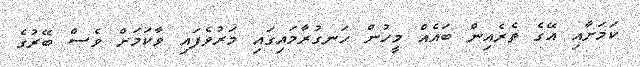
ކަމަށާއި އޭގެ ތެރެއިން ބައެއް މީހުން ހަނގުރާމައިގައި މަރުވެފައި ވާކަމަށް ވެސް ބޭރުގެ